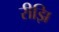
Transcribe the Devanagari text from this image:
रीझि